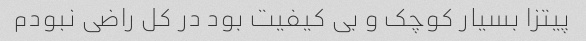
پیتزا بسیار کوچک و بی کیفیت بود در کل راضی نبودم